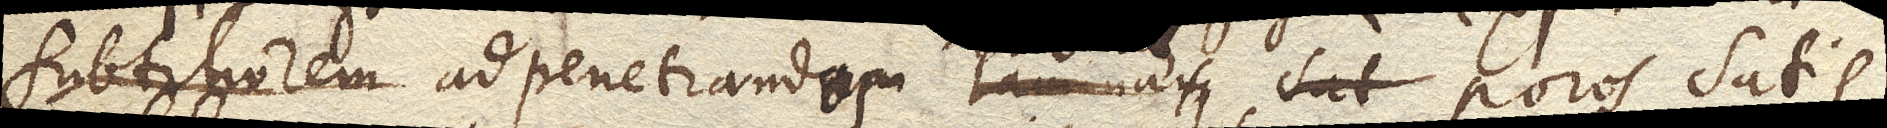
subtiliorem ad penetrandam laminam poros satis